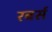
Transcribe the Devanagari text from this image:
रबर्स